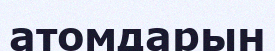
атомдарын